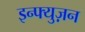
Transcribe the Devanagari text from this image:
इन्फ्युज़न